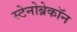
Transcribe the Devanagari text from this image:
स्टेनोब्रेकॉन